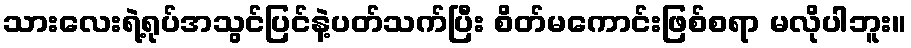
သားလေးရဲ့ရုပ်အသွင်ပြင်နဲ့ပတ်သက်ပြီး စိတ်မကောင်းဖြစ်စရာ မလိုပါဘူး။